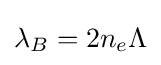
\lambda _{B}=2n_{e}\Lambda